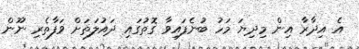
އެ އިދާރާ އިން މިދިޔަ މަހު ބުނެފައިވާ ގޮތުގައި ދައުލަތަށް ވަފާތެރި ނޫން